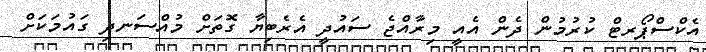
އެކްސްޕޯރޓް ކުރުމުން ދެން އެއީ މިރާއްޖެ ސައުދީ އެރެބިޔާ ގޮތަށް މުއްސަނދި ގައުމަކަށް